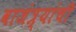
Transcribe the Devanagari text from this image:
वाजंत्र्यांची